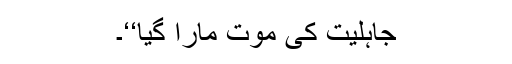
جاہلیت کی موت مارا گیا‘‘۔